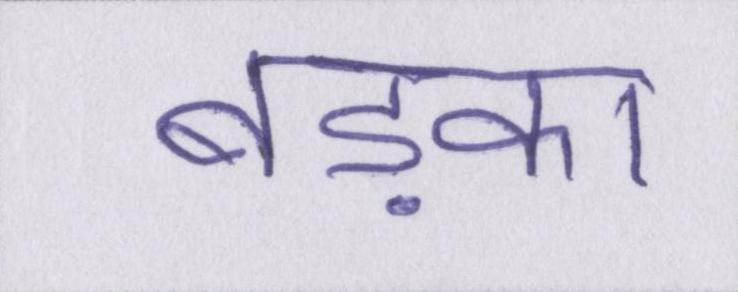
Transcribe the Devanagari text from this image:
बड़का